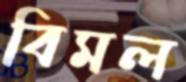
বিমল